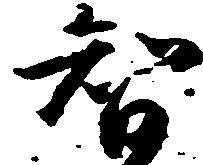
智